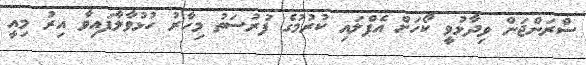
ސްރަންޖަން ވިދާޅުވީ ކޯހަށް އެޕްލައި ކުރުމުގެ ފުރުސަތު މިހާރު ހުޅުވާލާފައިވާ އިރު މިއީ